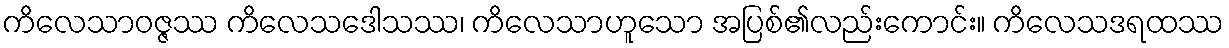
ကိလေသာဝဇ္ဇဿ ကိလေသဒေါသဿ၊ ကိလေသာဟူသော အပြစ်၏လည်းကောင်း။ ကိလေသဒရထဿ